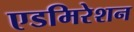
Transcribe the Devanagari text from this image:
एडमिरेशन